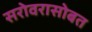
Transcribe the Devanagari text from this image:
सरोवरासोबत